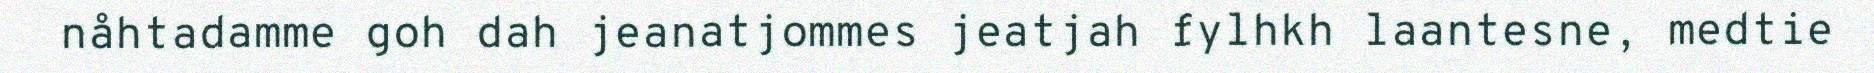
nåhtadamme goh dah jeanatjommes jeatjah fylhkh laantesne, medtie